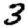
Digit: 3